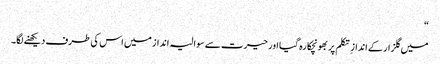
“
میں گلزار کے انداز ِ تکلم پر بھونچکا رہ گیا اور حیرت سے سوالیہ انداز میں اس کی طرف دیکھنے لگا۔